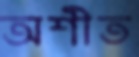
অশীত